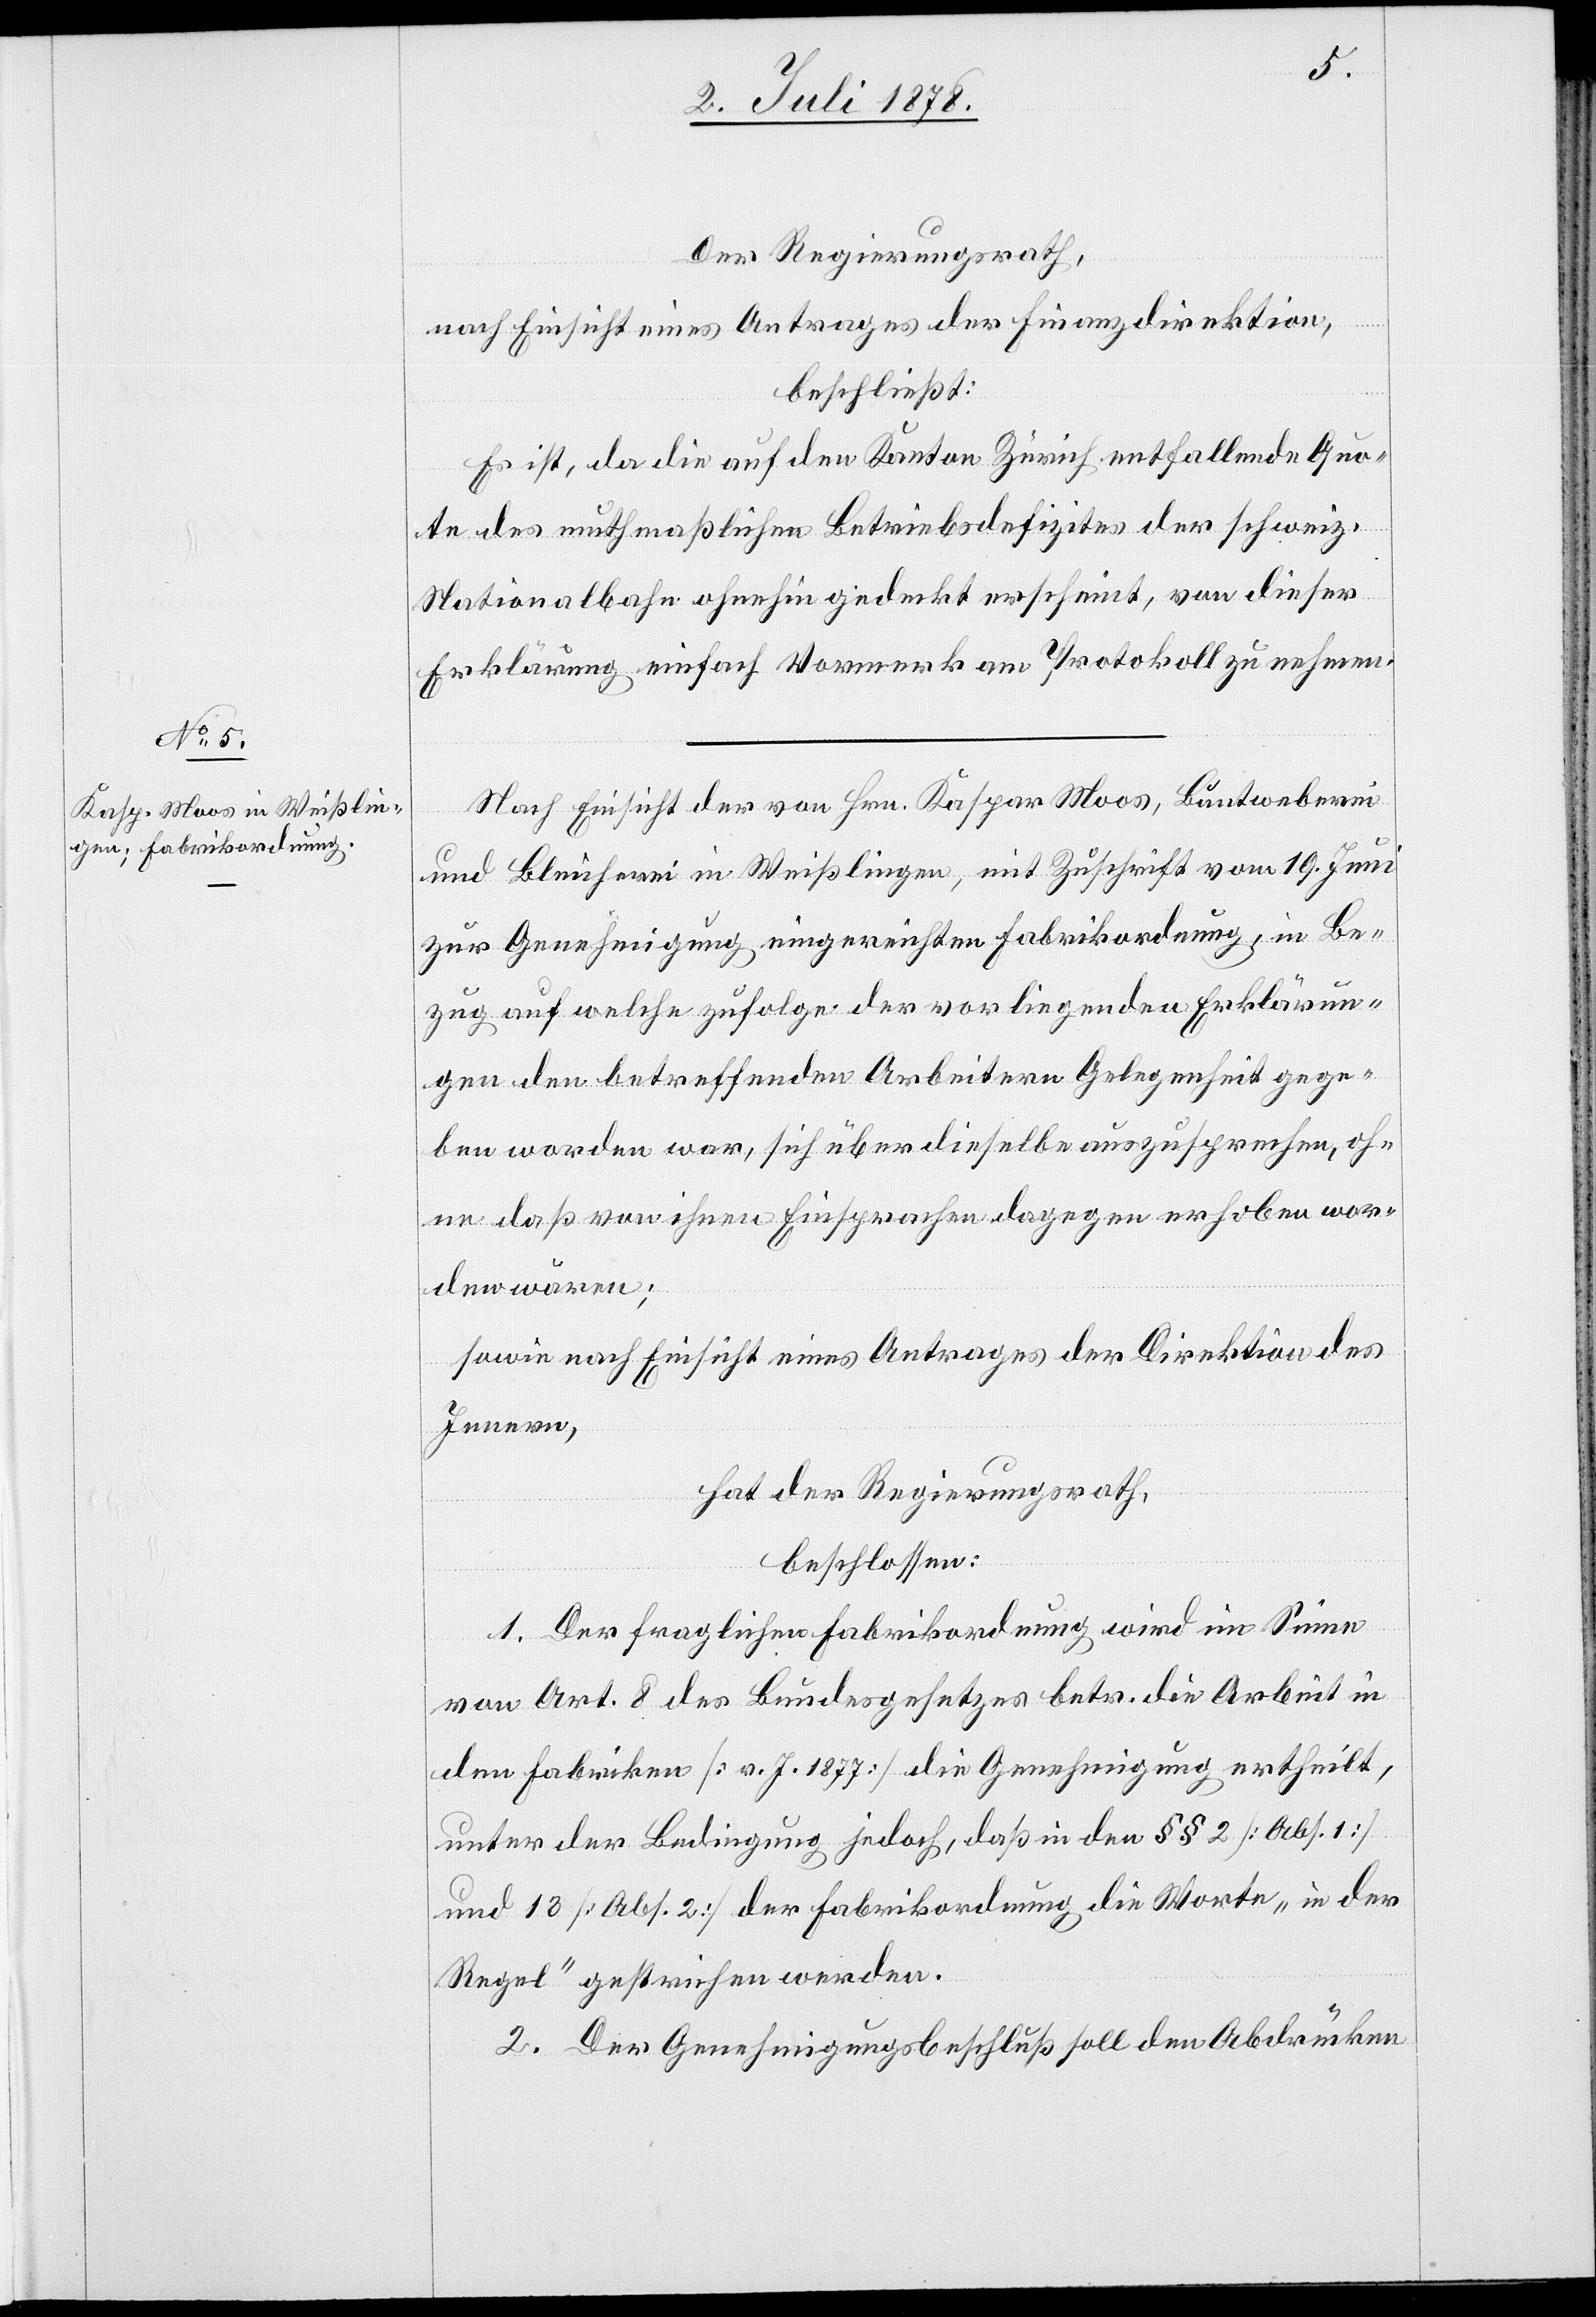
Der Regierungsrath,
nach Einsicht eines Antrages der Finanzdirektion,
beschließt:
Es ist, da die auf den Kanton Zürich entfallende Quo¬
te des muthmaßlichen Betriebsdefizites der schweiz.
Nationalbahn ohnehin gedeckt erscheint, von dieser
Erklärung einfach Vormerk am Protokoll zu nehmen.
Nach Einsicht der von Hrn. Kaspar Moss, Buntweberei
und Bleicherei in Weißlingen, mit Zuschrift vom 19. Juni
zur Genehmigung eingereichten Fabrikordnung, in Be¬
zug auf welche zufolge der vorliegenden Erklärun¬
gen den betreffenden Arbeitern Gelegenheit gege¬
ben worden war, sich über dieselbe auszusprechen, oh¬
ne daß von ihnen Einsprachen dagegen erhoben wor¬
den wären;
sowie nach Einsicht eines Antrages der Direktion des
Innern,
hat der Regierungsrath,
beschlossen:
1. Der fraglichen Fabrikordnung wird im Sinne
von Art. 8 des Bundesgesetzes betr. die Arbeit in
den Fabriken [v. J. 1877] die Genehmigung ertheilt,
unter der Bedingung jedoch, daß in den §§ 2 [Abs. 1]
und 13 [Abs. 2] der Fabrikordnung die Worte „in der
Regel“ gestrichen werden.
2. Der Genehmigungsbeschluß soll den Abdrücken